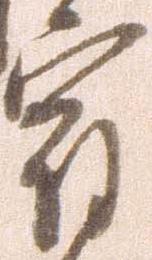
宿